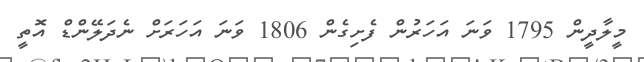
މީލާދީން 1795 ވަނަ އަހަރުން ފެށިގެން 1806 ވަނަ އަހަރަށް ނެދަލޭންޑް އޮތީ